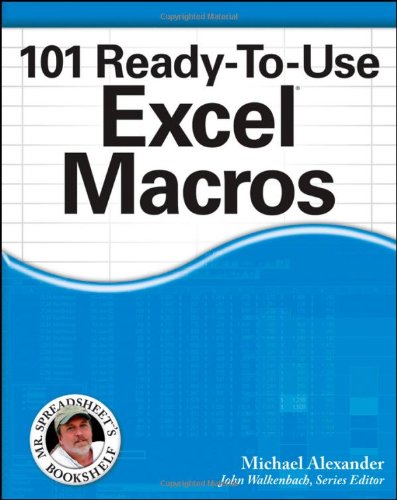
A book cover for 101 Ready-To-Use Excel Macros; Michael Alexander; Computers & Technology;